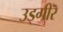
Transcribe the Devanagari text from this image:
उड्गीरॆ